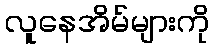
လူနေအိမ်များကို